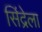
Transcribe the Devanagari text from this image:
सिंद्रेला